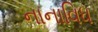
નાનાવિધ